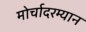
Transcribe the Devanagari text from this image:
मोर्चादरम्यान